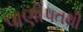
પાણીપતથી